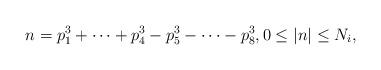
LaTeX: \begin{align*}n=p_{1}^{3}+\cdots+p_{4}^{3}-p_{5}^{3}-\cdots-p_{8}^{3},0\leq |n|\leq N_{i},\end{align*}